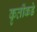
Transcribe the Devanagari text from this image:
कृतींकडे